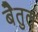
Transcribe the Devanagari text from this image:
बेैतुल